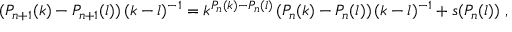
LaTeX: ( P _ { n + 1 } ( k ) - P _ { n + 1 } ( l ) ) \, ( k - l ) ^ { - 1 } = k ^ { P _ { n } ( k ) - P _ { n } ( l ) } \, ( P _ { n } ( k ) - P _ { n } ( l ) ) \, ( k - l ) ^ { - 1 } + s ( P _ { n } ( l ) ) \ ,